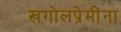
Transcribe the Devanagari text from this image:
खगोलप्रेमींना